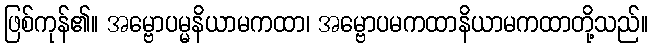
ဖြစ်ကုန်၏။ အမ္ဗောပမ္မနိယာမကထာ၊ အမ္ဗောပမကထာနိယာမကထာတို့သည်။